Report on lock hospitals in British Burma
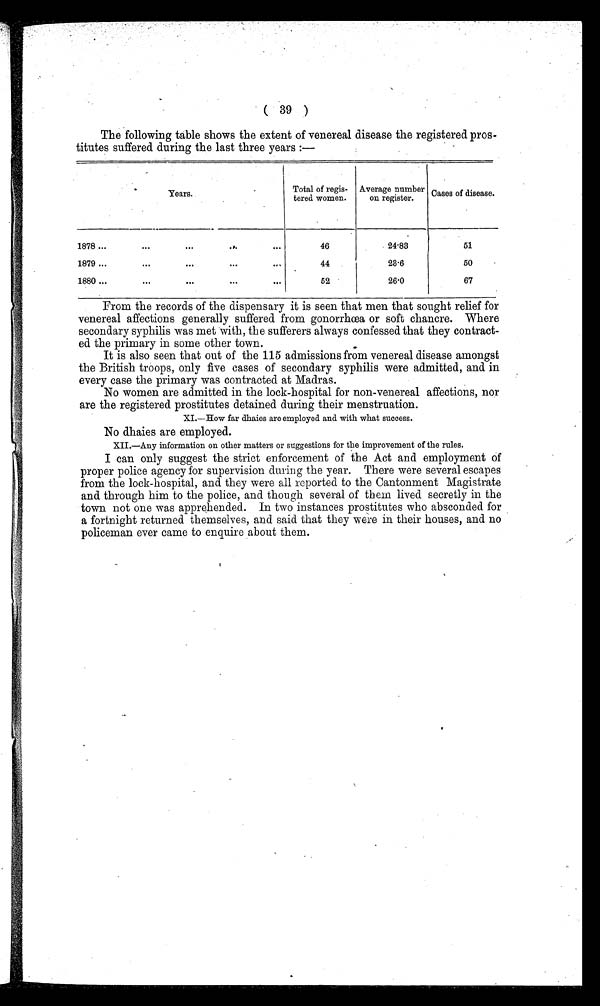
( 39 )
The following table shows the extent of venereal disease the registered pros-
titutes suffered during the last three years :—
Years.
Total of regis-
tered women.
Average number
on register.
Cases of disease.
1878 ...
. . .
. . .
. . .
. . .
46
24.83
51
1879 ...
. . .
. . .
. . .
. . .
44
23.6
50
1880 ...
. . .
. . .
. . .
. . .
52
26.0
67
From the records of the dispensary it is seen that men that sought relief for
venereal affections generally suffered from gonorrhœa or soft chancre. Where
secondary syphilis was met with, the sufferers always confessed that they contract-
ed the primary in some other town.
It is also seen that out of the 115 admissions from venereal disease amongst
the British troops, only five cases of secondary syphilis were admitted, and in
every case the primary was contracted at Madras.
No women are admitted in the lock-hospital for non-venereal affections, nor
are the registered prostitutes detained during their menstruation.
XI.—How far dhaies are employed and with what success.
No dhaies are employed.
XII.—Any information on other matters or suggestions for the improvement of the rules.
I can only suggest the strict enforcement of the Act and employment of
proper police agency for supervision during the year. There were several escapes
from the lock-hospital, and they were all reported to the Cantonment Magistrate
and through him to the police, and though several of them lived secretly in the
town not one was apprehended. In two instances prostitutes who absconded for
a fortnight returned themselves, and said that they were in their houses, and no
policeman ever came to enquire about them.